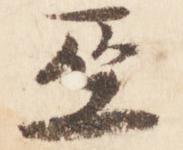
巫